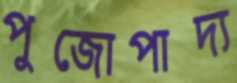
পুজোপাদ্য